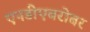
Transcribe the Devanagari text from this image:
एनडीएबरोबर